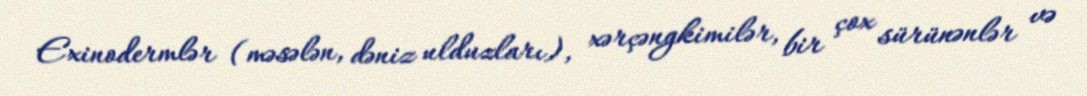
Exinodermlər (məsələn, dəniz ulduzları), xərçəngkimilər, bir çox sürünənlər və